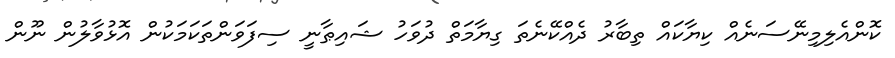
ކޮންއެލިމިނޭސަނެއް ކިޔާކައް ތިބާރު ދެއްކޭނެތަ ގިޔާމަތް ދުވަހު ޝައިޠާނީ ސިފަވަންތަކަމަކުން އޮޅުވާލުން ނޫން